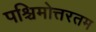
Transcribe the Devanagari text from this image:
पश्चिमोत्तरतम